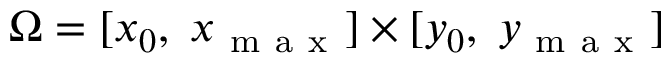
\Omega = [ x _ { 0 } , \; x _ { \mathrm { ~ m ~ a ~ x ~ } } ] \times [ y _ { 0 } , \; y _ { \mathrm { ~ m ~ a ~ x ~ } } ]